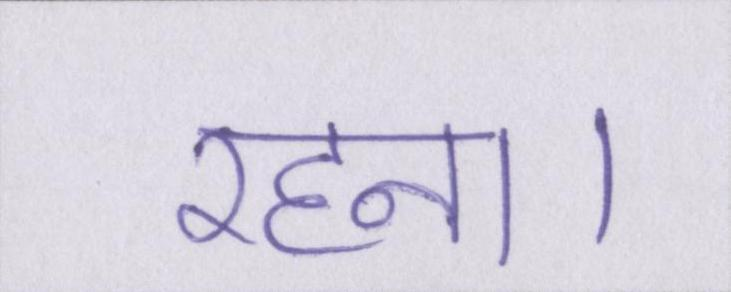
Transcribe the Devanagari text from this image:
रहना।